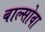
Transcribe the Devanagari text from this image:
बाल्सोवा